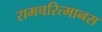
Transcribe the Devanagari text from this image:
रामचरित्मानस